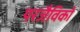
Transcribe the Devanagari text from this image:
परजैविकों